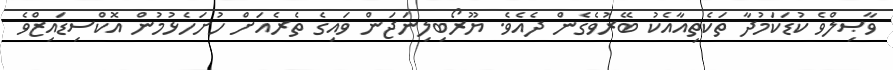
ވާޞިލްވެ ކުޑަކަމުދާ ތަކެތިއާއެކު ބޭރުވެގެން ދެއެވެ. ޔޫރޯބިލިނަޖަން ވައިގެ ތެރެއަށް ހުށަހެޅުމުން އޮކްސިޑައިޒްވެ